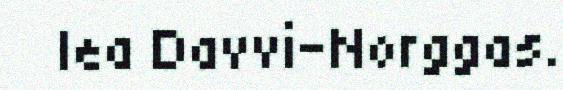
lea Davvi-Norggas.